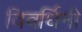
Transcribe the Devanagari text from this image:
विवर्धिनी